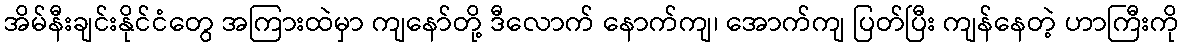
အိမ်နီးချင်းနိုင်ငံတွေ အကြားထဲမှာ ကျနော်တို့ ဒီလောက် နောက်ကျ၊ အောက်ကျ ပြတ်ပြီး ကျန်နေတဲ့ ဟာကြီးကို